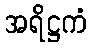
အရိဋ္ဌကံ